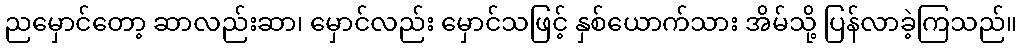
ညမှောင်တော့ ဆာလည်းဆာ၊ မှောင်လည်း မှောင်သဖြင့် နှစ်ယောက်သား အိမ်သို့ ပြန်လာခဲ့ကြသည်။